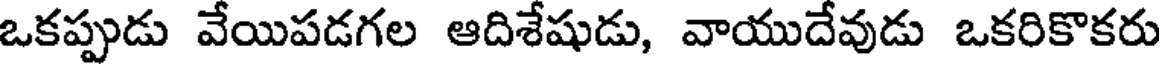
ఒకప్పుడు వేయిపడగల ఆదిశేషుడు, వాయుదేవుడు ఒకరికొకరు